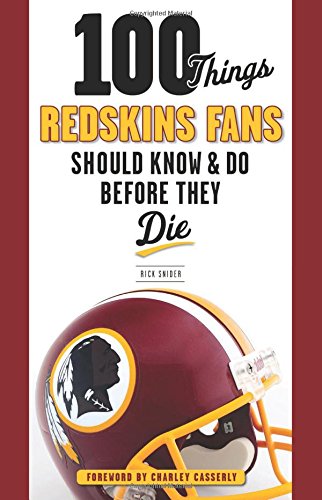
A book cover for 100 Things Redskins Fans Should Know & Do Before They Die (100 Things...Fans Should Know); Rick Snider; Humor & Entertainment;